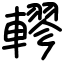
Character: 轇